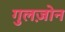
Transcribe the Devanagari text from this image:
गुलज़ोन